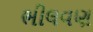
ભીલવણ